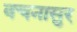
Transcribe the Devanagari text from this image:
वचनासुर